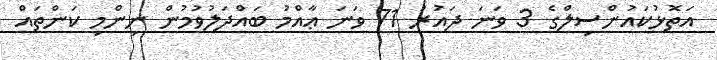
އަތޮޅުކައުންސިލްގެ 3 ވަނަ ދައުރު 71 ވަނަ ޢާއްމު ބައްދަލުވުމުން ނިންމި ކަންތައް